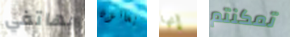
بهاتفي يعانون إنها تمكنتم